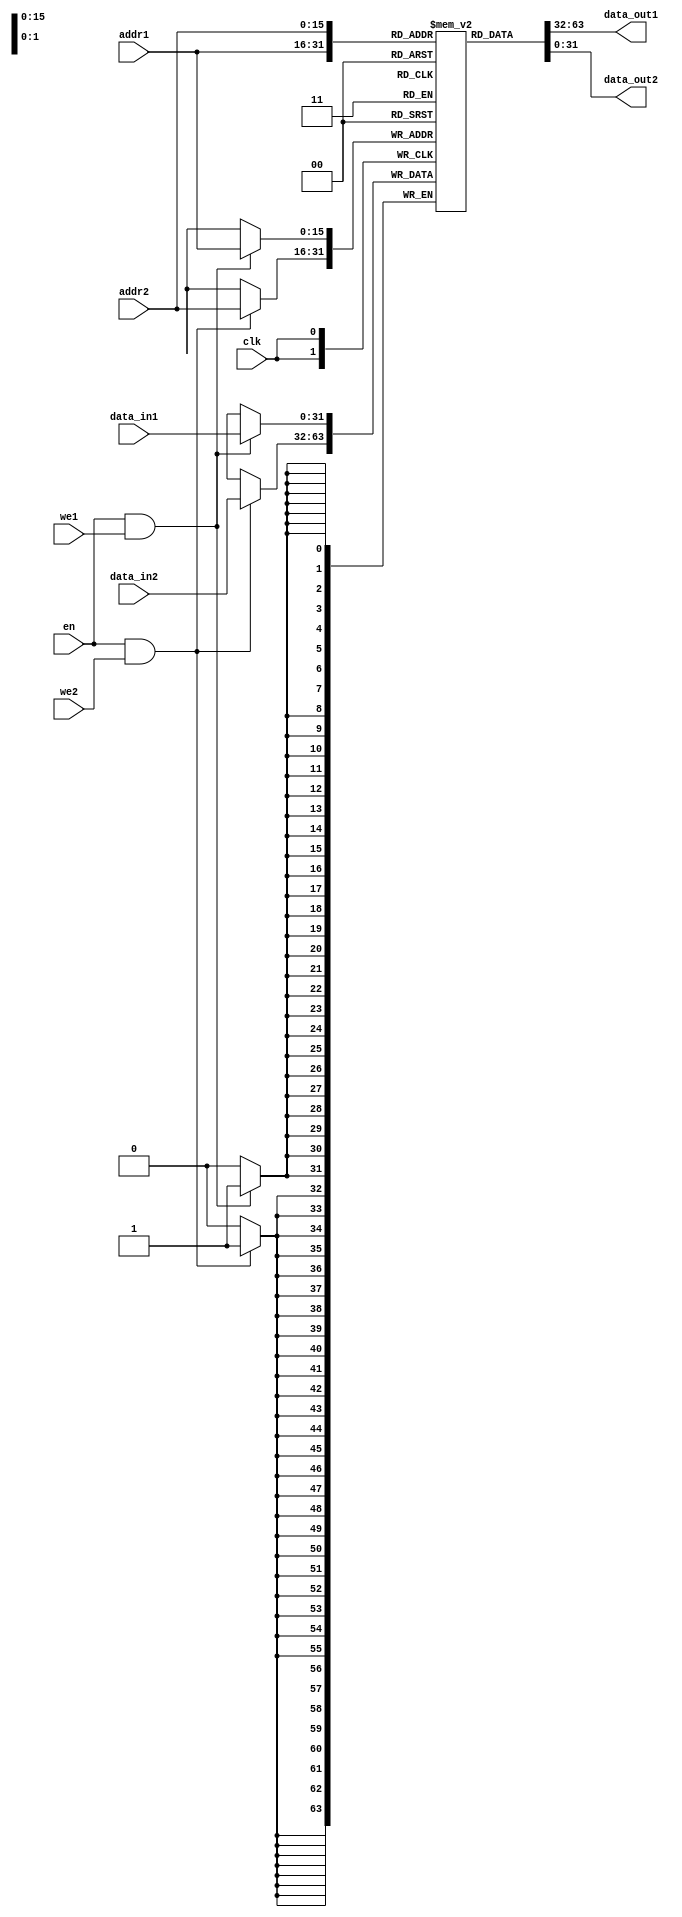
module dual_port_ram (
    input wire clk,
    input wire en,
    input wire [15:0] addr1,
    input wire [15:0] addr2,
    input wire we1,
    input wire we2,
    input wire [31:0] data_in1,
    input wire [31:0] data_in2,
    output wire [31:0] data_out1,
    output wire [31:0] data_out2
);

reg [31:0] mem [0:65535]; // Dual-port RAM with 64K memory locations

always @(posedge clk) begin
    if (en && we1) begin
        mem[addr1] <= data_in1;
    end
    if (en && we2) begin
        mem[addr2] <= data_in2;
    end
end

assign data_out1 = mem[addr1];
assign data_out2 = mem[addr2];

endmodule